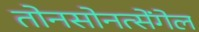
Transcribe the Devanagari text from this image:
तोनसोनत्सेंगेल